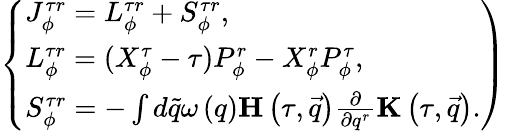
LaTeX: \left\{ \begin{array}{l}{{J_{\phi}^{\tau r}=L_{\phi}^{\tau r}+S_{\phi}^{\tau r},}}\\ {{L_{\phi}^{\tau r}=(X_{\phi}^{\tau}-\tau)P_{\phi}^{r}-X_{\phi}^{r}P_{\phi}^{\tau},}}\\ {{S_{\phi}^{\tau r}=-\int d\tilde{q}\omega\left(q\right){\mathbf H}\left(\tau,\vec{q}\right)\frac\partial{\partial q^{r}}{\mathbf K}\left(\tau,\vec{q}\right).}}\end{array}\right)